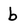
Character: b